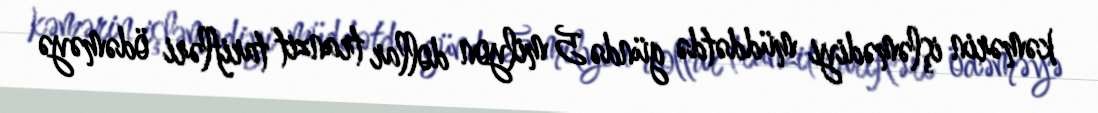
kəmərin işləmədiyi müddətdə gündə 5 milyon dollar tranzit tarifləri ödəməyə